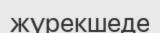
жүрекшеде